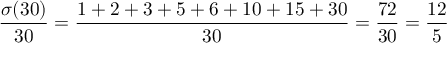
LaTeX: { \frac { \sigma ( 3 0 ) } { 3 0 } } = { \frac { 1 + 2 + 3 + 5 + 6 + 1 0 + 1 5 + 3 0 } { 3 0 } } = { \frac { 7 2 } { 3 0 } } = { \frac { 1 2 } { 5 } }